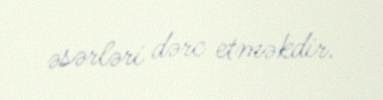
əsərləri dərc etməkdir.